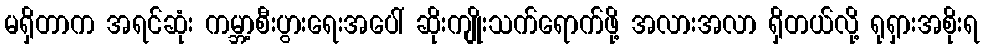
မရှိတာက အရင်ဆုံး ကမ္ဘာ့စီးပွားရေးအပေါ် ဆိုးကျိုးသက်ရောက်ဖို့ အလားအလာ ရှိတယ်လို့ ရုရှားအစိုးရ